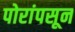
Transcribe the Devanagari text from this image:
पोरांपसून